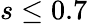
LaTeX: s\leq 0.7